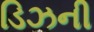
ડિઝની